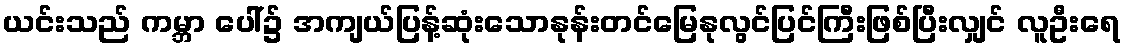
ယင်းသည် ကမ္ဘာ ပေါ်၌ အကျယ်ပြန့်ဆုံးသောနုန်းတင်မြေနုလွင်ပြင်ကြီးဖြစ်ပြီးလျှင် လူဦးရေ